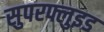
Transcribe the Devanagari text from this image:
सुपरफ्लुइड